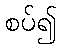
စပ်၍